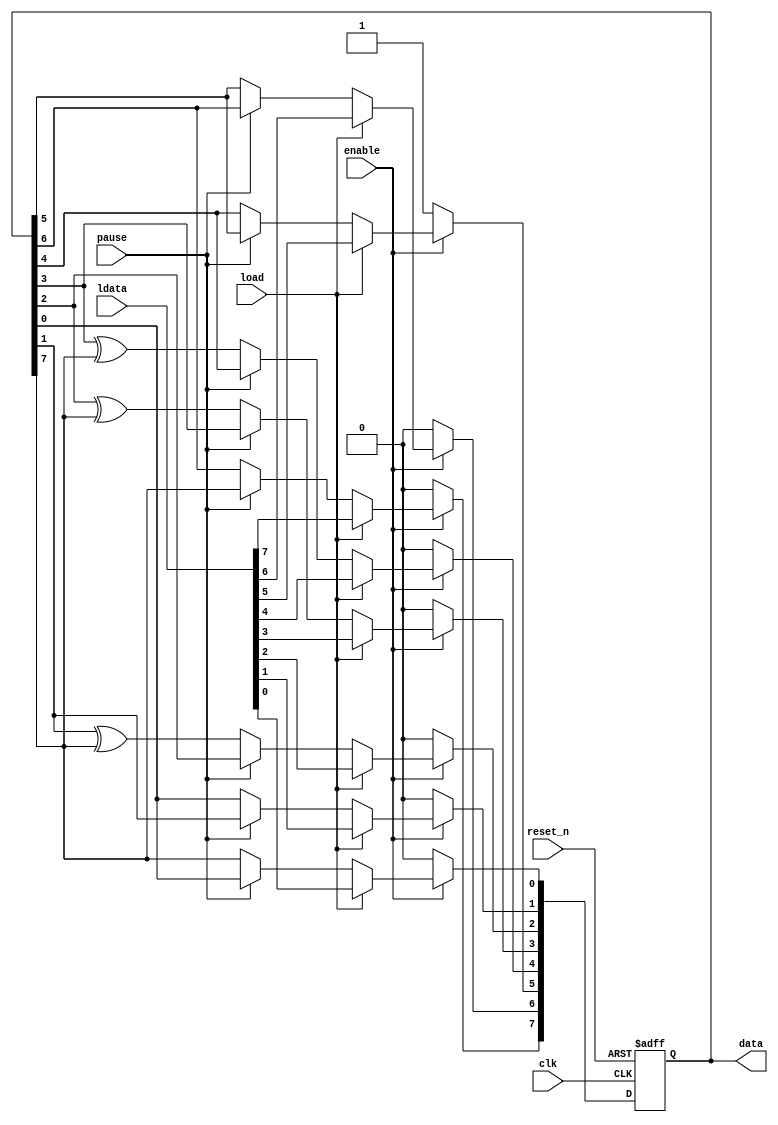
// This program was cloned from: https://github.com/FAST-Switch/fast
// License: Apache License 2.0

//
module ddr2_ex_lfsr8 (
clk, reset_n, enable, pause, load, data, ldata);

   parameter seed  = 32;
   input clk;
   input reset_n;
   input enable;
   input pause;
   input load;
   output[8 - 1:0] data;
   wire[8 - 1:0] data;
   input[8 - 1:0] ldata;

   reg[8 - 1:0] lfsr_data;

   assign data = lfsr_data ;

   always @(posedge clk or negedge reset_n)
   begin
      if (!reset_n)
      begin
         // Reset - asynchronously reset to seed value
         lfsr_data <= seed[7:0] ;
      end
      else
      begin
         if (!enable)
         begin
            lfsr_data <= seed[7:0];
         end
         else
         begin
            if (load)
            begin
               lfsr_data <= ldata ;
            end
            else
            begin
               // Registered mode - synchronous propagation of signals
               if (!pause)
               begin
                  lfsr_data[0] <= lfsr_data[7] ;
                  lfsr_data[1] <= lfsr_data[0] ;
                  lfsr_data[2] <= lfsr_data[1] ^ lfsr_data[7] ;
                  lfsr_data[3] <= lfsr_data[2] ^ lfsr_data[7] ;
                  lfsr_data[4] <= lfsr_data[3] ^ lfsr_data[7] ;
                  lfsr_data[5] <= lfsr_data[4] ;
                  lfsr_data[6] <= lfsr_data[5] ;
                  lfsr_data[7] <= lfsr_data[6] ;
               end
            end
         end
      end
   end
endmodule